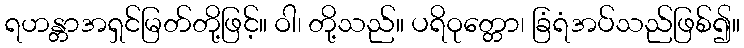
ရဟန္တာအရှင်မြတ်တို့ဖြင့်။ ဝါ၊ တို့သည်။ ပရိဝုတ္တော၊ ခြံရံအပ်သည်ဖြစ်၍။